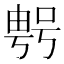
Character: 𠸮